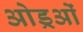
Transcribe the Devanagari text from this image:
ओड्रओं